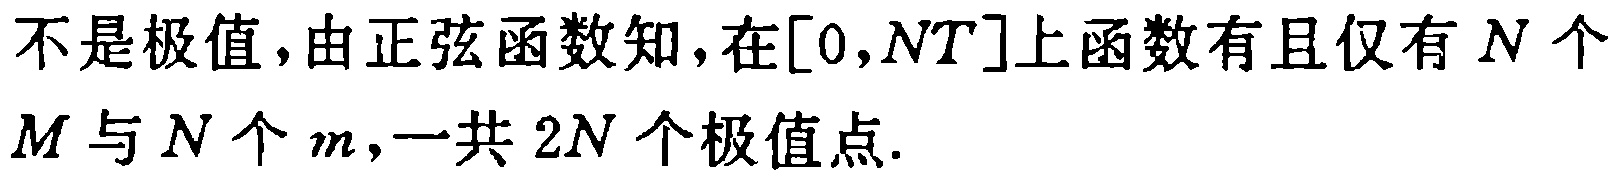
不是极值,由正弦函数知,在$[0,NT]$上函数有且仅有$N$个$M$与$N$个$m$,一共$2N$个极值点.